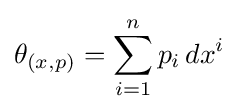
\theta _{(x,p)}=\sum _{i=1}^{n}p_{i}\,dx^{i}